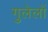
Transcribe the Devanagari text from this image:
गुलेलों